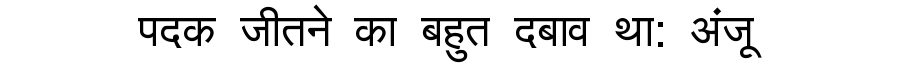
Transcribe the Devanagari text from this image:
पदक जीतने का बहुत दबाव था: अंजू